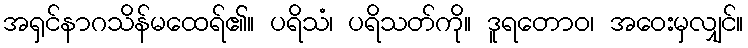
အရှင်နာဂသိန်မထေရ်၏။ ပရိသံ၊ ပရိသတ်ကို။ ဒူရတောဝ၊ အဝေးမှလျှင်။